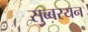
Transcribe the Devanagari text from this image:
सुब्बरयन